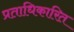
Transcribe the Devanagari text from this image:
प्रताधिकारित